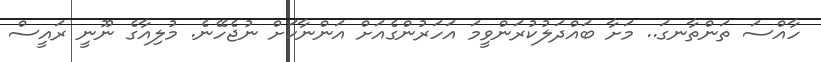
ހާއްސަ ތަންތާނގަ.. މަށާ ބައްދަލުކުރަންވީމަ އަހަރުންގެއަށް އަންނާކަށް ނުޖެހޭނެ. މުލިއާގެ ނޫނީ ރައީސް